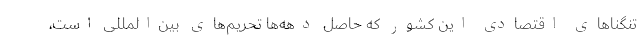
تنگناهای اقتصادی این کشور که حاصل دهه‌ها تحریم‌های بین‌المللی است،